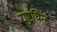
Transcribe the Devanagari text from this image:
राष्ट्रचिन्हे